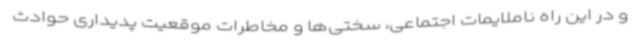
و در این راه ناملایمات اجتماعی، سختی‌ها و مخاطرات موقعیت پدیداری حوادث